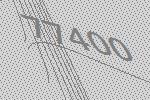
77400